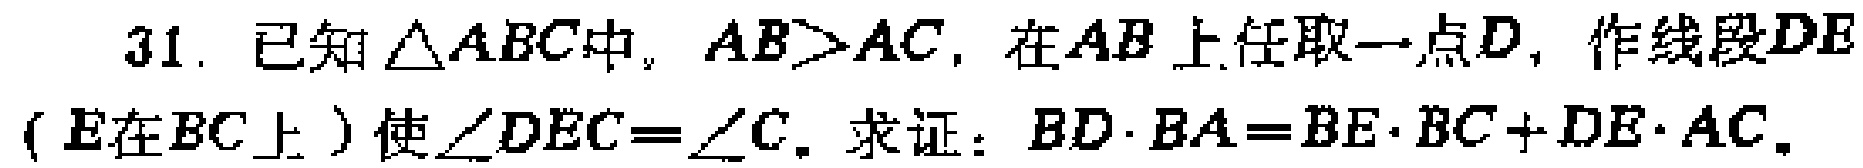
31. 已知\(\triangle ABC\)中，\(AB > AC\)，在\(AB\)上任取一点\(D\)，作线段\(DE\)（\(E\)在\(BC\)上）使\(\angle DEC = \angle C\)。求证：\(BD\cdot BA = BE\cdot BC + DE\cdot AC\)。